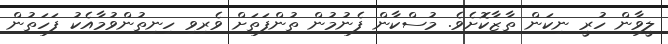
ލީވާން ހުރީ ނިކަން ތާޒާކޮށެވެ. މުސްކާން ފެނުމުން ތުންފަތަށް ވެރިވި ހިނިތުންވުމާއެކު ފަހަތުން